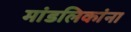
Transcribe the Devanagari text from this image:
मांडलिकांना